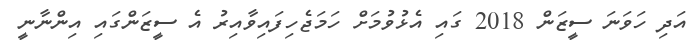
އަދި ހަވަނަ ސީޒަން 2018 ގައި އެޅުވުމަށް ހަމަޖެހިފައިވާއިރު އެ ސީޒަންގައި އިންނާނީ